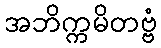
အဘိက္ကမိတဗ္ဗံ